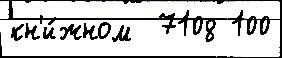
кн'и́жном  7108 100